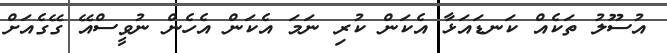
އުސޫލު ތަކެއް ކަނޑައަޅާ އެކަން ކުރި ނަމަ އެކަން އެހެން ނުވީސްއޭ ގޭގެއަށް